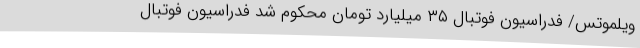
ویلموتس/ فدراسیون فوتبال ۳۵ میلیارد تومان محکوم شد فدراسیون فوتبال